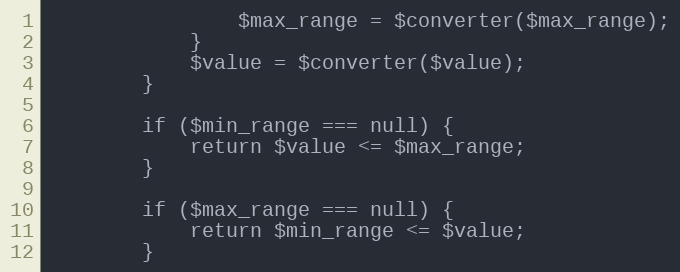
Language: PHP
				$max_range = $converter($max_range);
			}
			$value = $converter($value);
		}

		if ($min_range === null) {
			return $value <= $max_range;
		}

		if ($max_range === null) {
			return $min_range <= $value;
		}